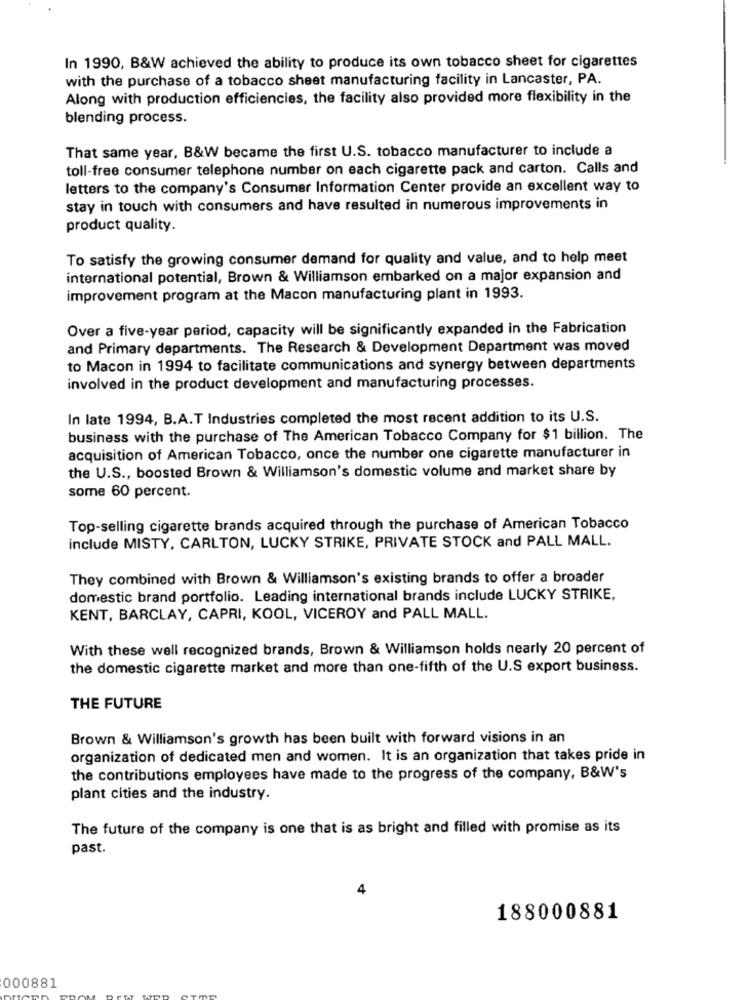
In 1990, B&W achieved the ability to produce its own tobacco sheet for cigarettes
with the purchase of a tobacco sheet manufacturing facility in Lancaster, PA.
Along with production efficiencies, the facility also provided more flexibility in the
blending process.
That same year, B&W became the first U.S. tobacco manufacturer to include a
toll-free consumer telephone number on each cigarette pack and carton. Calls and
letters to the company's Consumer Information Center provide an excellent way to
stay in touch with consumers and have resulted in numerous improvements in
product quality.
To satisfy the growing consumer demand for quality and value, and to help meet
international potential, Brown & Williamson embarked on a major expansion and
improvement program at the Macon manufacturing plant in 1993.
Over a five-year period, capacity will be significantly expanded in the Fabrication
and Primary departments. The Research & Development Department was moved
to Macon in 1994 to facilitate communications and synergy between departments
involved in the product development and manufacturing processes.
In late 1994, B.A.T Industries completed the most recent addition to its U.S.
business with the purchase of The American Tobacco Company for $1 billion. The
acquisition of American Tobacco, once the number one cigarette manufacturer in
the U.S ., boosted Brown & Williamson's domestic volume and market share by
some 60 percent.
Top-selling cigarette brands acquired through the purchase of American Tobacco
include MISTY, CARLTON, LUCKY STRIKE, PRIVATE STOCK and PALL MALL.
They combined with Brown & Williamson's existing brands to offer a broader
domestic brand portfolio. Leading international brands include LUCKY STRIKE,
KENT, BARCLAY, CAPRI, KOOL, VICEROY and PALL MALL.
With these well recognized brands, Brown & Williamson holds nearly 20 percent of
the domestic cigarette market and more than one-fifth of the U.S export business.
THE FUTURE
Brown & Williamson's growth has been built with forward visions in an
organization of dedicated men and women. It is an organization that takes pride in
the contributions employees have made to the progress of the company, B&W's
plant cities and the industry.
The future of the company is one that is as bright and filled with promise as its
past.
4
188000881
000881